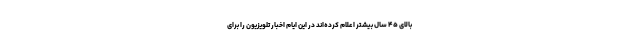
بالای ۴۵ سال بیشتر اعلام کرده­‌اند در این ایام اخبار تلویزیون را برای